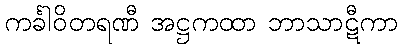
ကင်္ခါဝိတရဏီ အဋ္ဌကထာ ဘာသာဋီကာ